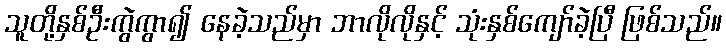
သူတို့နှစ်ဦးကွဲကွာ၍ နေခဲ့သည်မှာ ဘာလိုလိုနှင့် သုံးနှစ်ကျော်ခဲ့ပြီ ဖြစ်သည်။